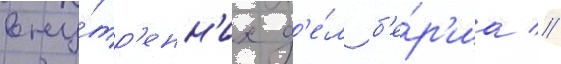
вну́тр'енн'их д'е́л б'е́р'иа //